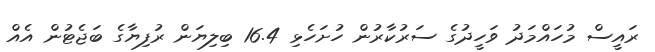
ރައީސް މުހައްމަދު ވަހީދުގެ ސަރުކާރުން ހުށަހެޅި 16.4 ބިލިޔަން ރުފިޔާގެ ބަޖެޓުން އެއް